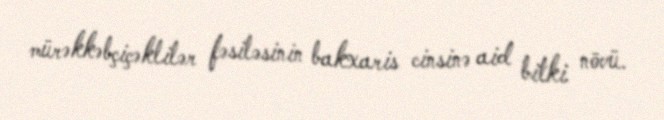
mürəkkəbçiçəklilər fəsiləsinin bakxaris cinsinə aid bitki növü.